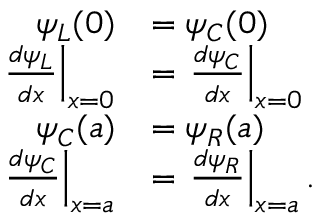
{ \begin{array} { r l } { \psi _ { L } ( 0 ) } & { = \psi _ { C } ( 0 ) } \\ { \left. { \frac { d \psi _ { L } } { d x } } \right| _ { x = 0 } } & { = \left. { \frac { d \psi _ { C } } { d x } } \right| _ { x = 0 } } \\ { \psi _ { C } ( a ) } & { = \psi _ { R } ( a ) } \\ { \left. { \frac { d \psi _ { C } } { d x } } \right| _ { x = a } } & { = \left. { \frac { d \psi _ { R } } { d x } } \right| _ { x = a } . } \end{array} }